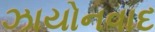
ઝાયોનવાદ